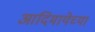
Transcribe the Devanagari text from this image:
आदिमायेच्या